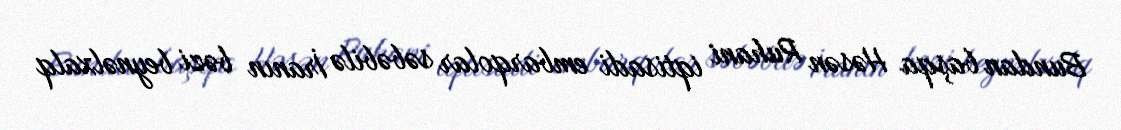
Bundan başqa Həsən Ruhani iqtisadi embarqolar səbəbilə İranın bəzi beynəlxalq